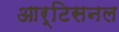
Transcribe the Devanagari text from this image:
आर्टिसनल